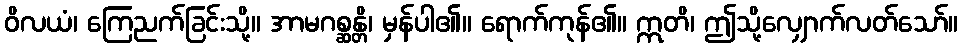
ဝိလယံ၊ ကြေညက်ခြင်းသို့။ အာမဂစ္ဆန္တိ၊ မှန်ပါ၏။ ရောက်ကုန်၏။ ဣတိ၊ ဤသို့လျှောက်လတ်သော်။